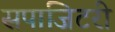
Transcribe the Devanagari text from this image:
सपाजिटरी